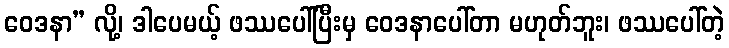
ဝေဒနာ” လို့၊ ဒါပေမယ့် ဖဿပေါ်ပြီးမှ ဝေဒနာပေါ်တာ မဟုတ်ဘူး၊ ဖဿပေါ်တဲ့